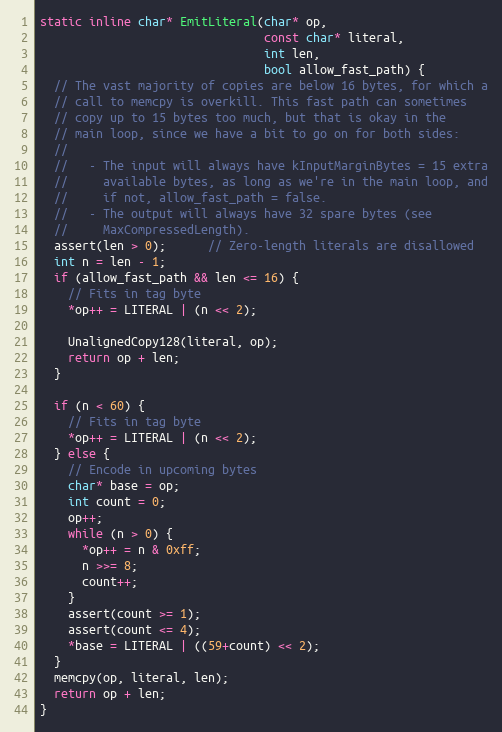
Language: C++
static inline char* EmitLiteral(char* op,
                                const char* literal,
                                int len,
                                bool allow_fast_path) {
  // The vast majority of copies are below 16 bytes, for which a
  // call to memcpy is overkill. This fast path can sometimes
  // copy up to 15 bytes too much, but that is okay in the
  // main loop, since we have a bit to go on for both sides:
  //
  //   - The input will always have kInputMarginBytes = 15 extra
  //     available bytes, as long as we're in the main loop, and
  //     if not, allow_fast_path = false.
  //   - The output will always have 32 spare bytes (see
  //     MaxCompressedLength).
  assert(len > 0);      // Zero-length literals are disallowed
  int n = len - 1;
  if (allow_fast_path && len <= 16) {
    // Fits in tag byte
    *op++ = LITERAL | (n << 2);

    UnalignedCopy128(literal, op);
    return op + len;
  }

  if (n < 60) {
    // Fits in tag byte
    *op++ = LITERAL | (n << 2);
  } else {
    // Encode in upcoming bytes
    char* base = op;
    int count = 0;
    op++;
    while (n > 0) {
      *op++ = n & 0xff;
      n >>= 8;
      count++;
    }
    assert(count >= 1);
    assert(count <= 4);
    *base = LITERAL | ((59+count) << 2);
  }
  memcpy(op, literal, len);
  return op + len;
}